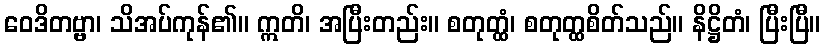
ဝေဒိတဗ္ဗာ၊ သိအပ်ကုန်၏။ ဣတိ၊ အပြီးတည်း။ စတုတ္ထံ၊ စတုတ္ထစိတ်သည်။ နိဋ္ဌိတံ၊ ပြီးပြီ။